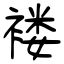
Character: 褛